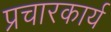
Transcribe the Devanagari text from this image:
प्रचारकार्य